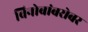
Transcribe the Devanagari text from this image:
विनोबांबरोबर